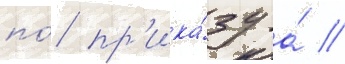
по́ пр'ика́зу а́ //